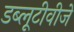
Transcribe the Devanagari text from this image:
डब्लूटीवीजे